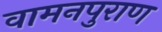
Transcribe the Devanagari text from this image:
वामनपुराण